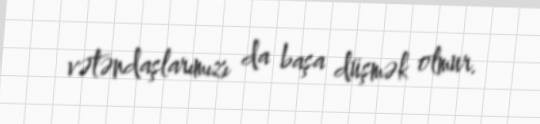
vətəndaşlarımızı da başa düşmək olmur.